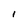
Character: 1